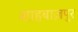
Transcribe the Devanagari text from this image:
शाहबाज़पुर